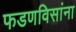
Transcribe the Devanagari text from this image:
फडणविसांना